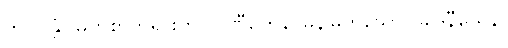
ဘဂဝန္တံ၊ မြတ်စွာဘုရားကို။ ပဏီတေန၊ မွန်မြတ်သော။ ခါဒနီယေန၊